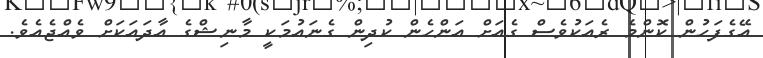
އޭގެފަހުން ކޮންމެ ރެއަކުވެސް ގެއަށް އަންހެން ކުދިން ގެނައުމަކީ މާނިޝްގެ އާދައަކަށް ވެއްޖެއެވެ.